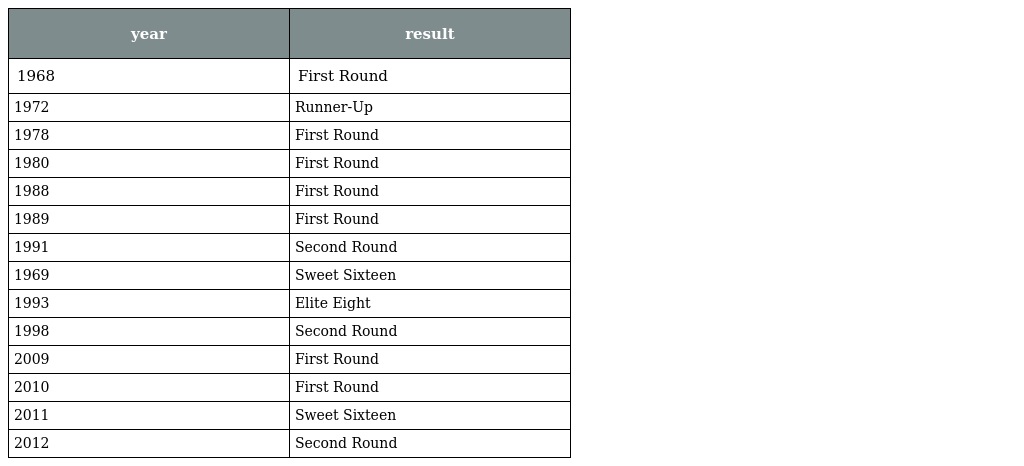
| year | result |
 | --- | --- |
 | 1968 | First Round |
 | 1972 | Runner-Up |
 | 1978 | First Round |
 | 1980 | First Round |
 | 1988 | First Round |
 | 1989 | First Round |
 | 1991 | Second Round |
 | 1969 | Sweet Sixteen |
 | 1993 | Elite Eight |
 | 1998 | Second Round |
 | 2009 | First Round |
 | 2010 | First Round |
 | 2011 | Sweet Sixteen |
 | 2012 | Second Round |